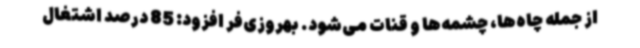
از جمله چاه‌ها، چشمه‌ها و قنات می‌شود. بهروزی‌فر افزود: 85 درصد اشتغال